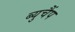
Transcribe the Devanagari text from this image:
ब्युचैंप